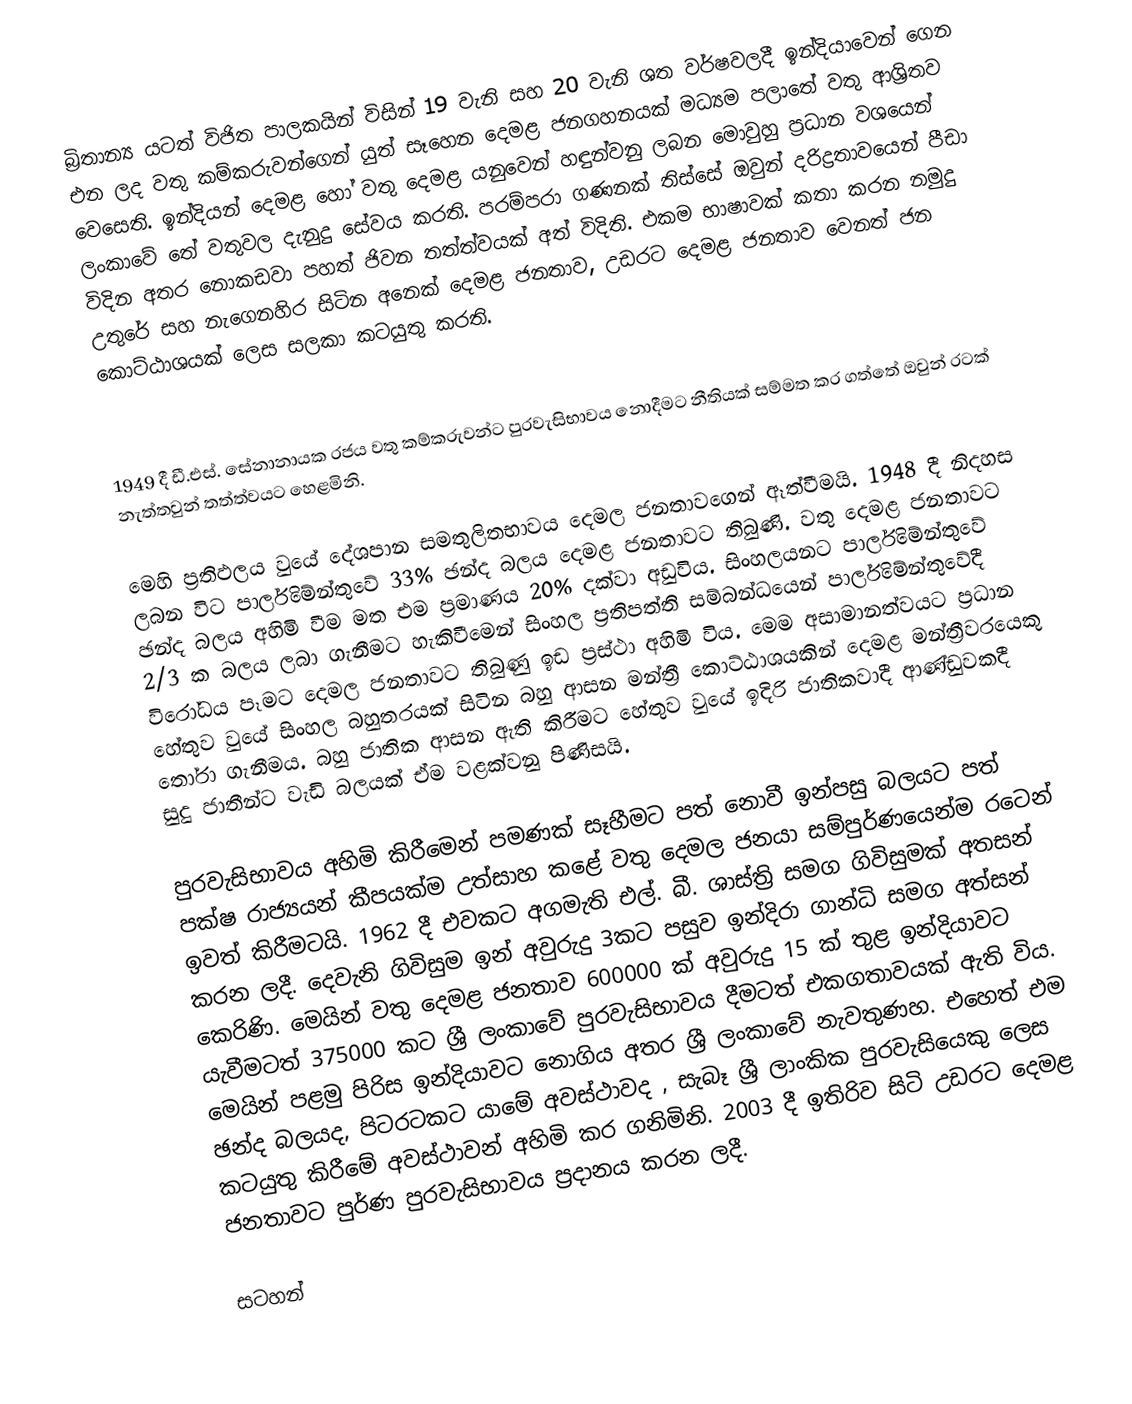
බ්‍රිතාන්‍ය යටත් විජිත පාලකයින් විසින් 19 වැනි සහ 20 වැනි ශත වර්ෂවලදී ඉන්දියාවෙන් ගෙන එන ලද වතු කම්කරුවන්ගෙන් යුත් සෑහෙන දෙමළ ජනගහනයක් මධ්‍යම පලාතේ වතු ආශ්‍රිතව වෙසෙති. ඉන්දියන් දෙමළ හෝ වතු දෙමළ යනුවෙන් හඳුන්වනු ලබන මොවුහු ප්‍රධාන වශයෙන් ලංකාවේ තේ වතුවල දැනුදු සේවය කරති. පරම්පරා ගණනක් තිස්සේ ඔවුන් දරිද්‍රතාවයෙන් පීඩා විදින අතර නොකඩවා පහත් ජිවන තත්ත්වයක් අත් විදිති. එකම භාෂාවක් කතා කරන නමුදු උතුරේ සහ නැගෙනහිර සිටින අනෙක් දෙමළ ජනතාව, උඩරට දෙමළ ජනතාව වෙනත් ජන කොට්ඨාශයක් ලෙස සලකා කටයුතු කරති.

1949 දී ඩී.එස්. සේනානායක රජය වතු කම්කරුවන්ට පුරවැසිභාවය නොදීමට නීතියක් සම්මත කර ගත්තේ ඔවුන් රටක් නැත්තවුන් තත්ත්වයට හෙළමිනි.

මෙහි ප්‍රතිඵලය වුයේ දේශපාන සමතුලිතභාවය දෙමල ජනතාවගෙන් ඈත්වීමයි. 1948 දී නිදහස ලබන විට පාර්ලිමේන්තුවේ 33% ඡන්ද බලය දෙමළ ජනතාවට තිබුණි. වතු දෙමළ ජනතාවට ඡන්ද බලය අහිමි වීම මත එම ප්‍රමාණය 20% දක්වා අඩුවිය. සිංහලයනට පාර්ලිමේන්තුවේ 2/3 ක බලය ලබා ගැනීමට හැකිවීමෙන් සිංහල ප්‍රතිපත්ති සම්බන්ධයෙන් පාර්ලිමේන්තුවේදී විරෝධය පෑමට දෙමල ජනතාවට තිබුණු ඉඩ ප්‍රස්ථා අහිමි විය. මෙම අසාමානත්වයට ප්‍රධාන හේතුව වුයේ සිංහල බහුතරයක් සිටින බහු ආසන මන්ත්‍රී කොට්ඨාශයකින් දෙමළ මන්ත්‍රීවරයෙකු තෝරා ගැනීමය. බහු ජාතික ආසන ඇති කිරීමට හේතුව වුයේ ඉදිරි ජාතිකවාදී ආණ්ඩුවකදී සුදු ජාතීන්ට වැඩි බලයක් ඒම වළක්වනු පිණිසයි.

පුරවැසිභාවය අහිමි කිරීමෙන් පමණක් සෑහීමට පත් නොවී ඉන්පසු බලයට පත් පක්ෂ රාජ්‍යයන් කීපයක්ම උත්සාහ කළේ වතු දෙමල ජනයා සම්පුර්ණයෙන්ම රටෙන් ඉවත් කිරීමටයි. 1962 දී එවකට අගමැති එල්. බී. ශාස්ත්‍රි සමග ගිවිසුමක් අතසන් කරන ලදී. දෙවැනි ගිවිසුම ඉන් අවුරුදු 3කට පසුව ඉන්දිරා ගාන්ධි සමග අත්සන් කෙරිණි. මෙයින් වතු දෙමළ ජනතාව 600000 ක් අවුරුදු 15 ක් තුළ ඉන්දියාවට යැවීමටත් 375000 කට ශ්‍රී ලංකාවේ පුරවැසිභාවය දීමටත් එකගතාවයක් ඇති විය. මෙයින් පළමු පිරිස ඉන්දියාවට නොගිය අතර ශ්‍රී ලංකාවේ නැවතුණහ. එහෙත් එම ඡන්ද බලයද, පිටරටකට යාමේ අවස්ථාවද , සැබෑ ශ්‍රී ලාංකික පුරවැසියෙකු ලෙස කටයුතු කිරීමේ අවස්ථාවන් අහිමි කර ගනිමිනි. 2003 දී ඉතිරිව සිටි උඩරට දෙමළ ජනතාවට පුර්ණ පුරවැසිභාවය ප්‍රදානය කරන ලදී.

සටහන්